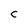
Character: c